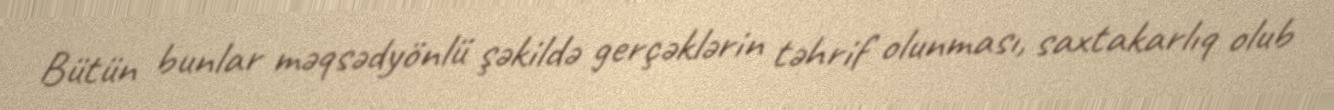
Bütün bunlar məqsədyönlü şəkildə gerçəklərin təhrif olunması, saxtakarlıq olub